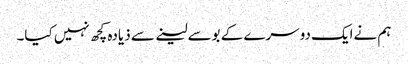
ہم نےایک دوسرے کے بوسےلینے سے ذیادہ کچھ نہیں کیا۔